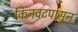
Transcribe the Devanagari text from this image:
किनवटपासून